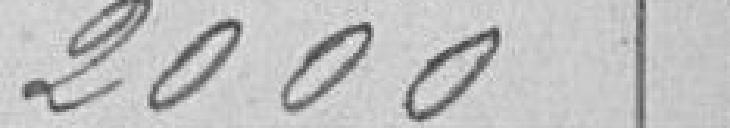
2000